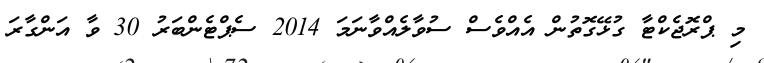
މި ޕްރޮޖެކްޓާ ގުޅޭގޮތުން އެއްވެސް ސުވާލެއްވާނަމަ 2014 ސެޕްޓެންބަރު 30 ވާ އަަންގާރަ